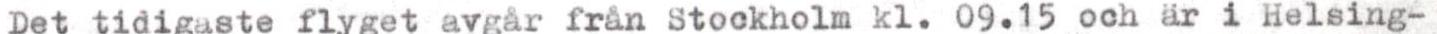
Det tidigaste flyget avgår från Stockholm kl. 09.15 och är i Helsing-